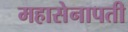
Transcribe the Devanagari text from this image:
महासेनापती